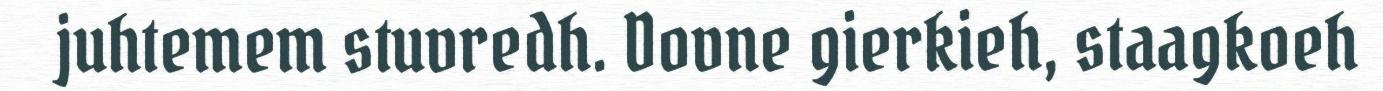
juhtemem stuvredh. Dovne gierkieh, staagkoeh